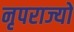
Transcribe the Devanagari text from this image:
नृपराज्यों